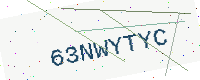
Text: 63NWYTYC